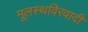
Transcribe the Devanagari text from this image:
मूलस्थविरवादी